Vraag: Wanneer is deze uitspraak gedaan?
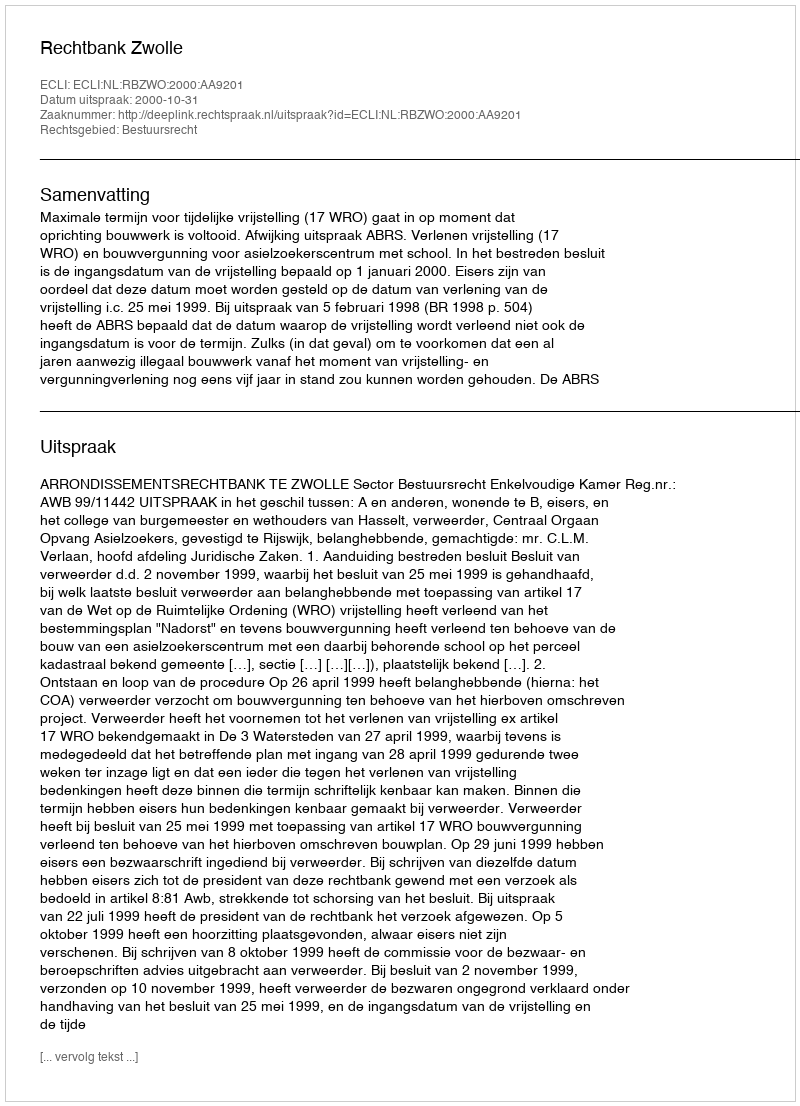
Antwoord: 2000-10-31